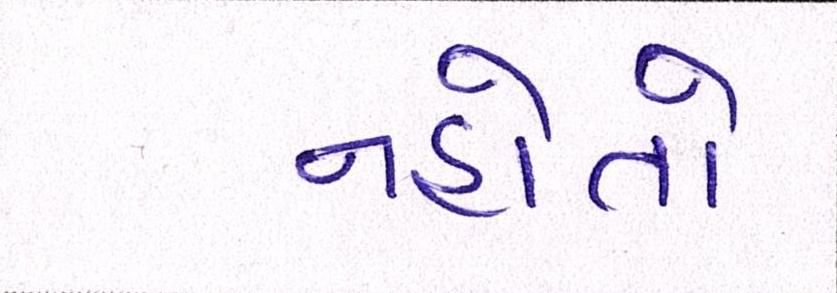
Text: નહોતો